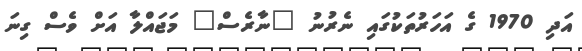
އަދި 1970 ގެ އަހަރުތަކުގައި ނެރުނު "ނާރެސް" މަޖައްލާ އަށް ވެސް ގިނަ